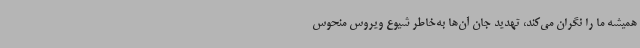
همیشه ما را نگران می‌کند، تهدید جان آن‌ها به‌خاطر شیوع ویروس منحوس